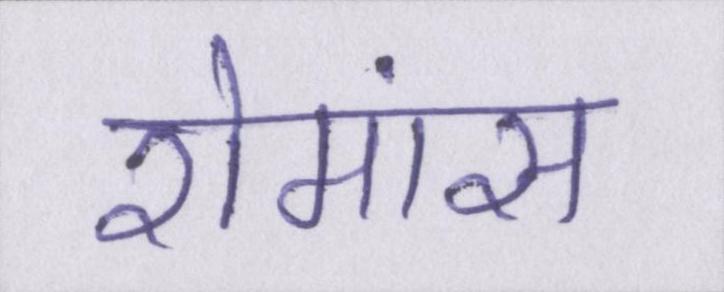
रोमांस